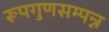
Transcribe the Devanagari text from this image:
रूपगुणसम्पन्न